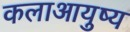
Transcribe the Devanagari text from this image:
कलाआयुष्य